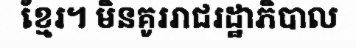
ខ្មែរ។ មិនគូររាជរដ្ឋាភិបាល